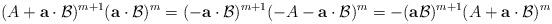
LaTeX: \begin{align*} (A + \mathbf{a} \cdot \mathcal{B})^{m+1} ( \mathbf{a} \cdot \mathcal{B})^{m} = (- \mathbf{a} \cdot \mathcal{B})^{m+1} (-A - \mathbf{a} \cdot \mathcal{B})^{m} = -(\mathbf{a} \mathcal{B})^{m+1} (A+ \mathbf{a} \cdot \mathcal{B})^{m} \end{align*}